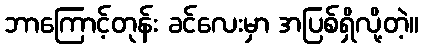
ဘာကြောင့်တုန်း ခင်လေးမှာ အပြစ်ရှိလို့တဲ့။